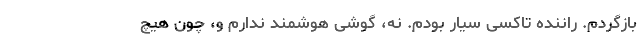
بازگردم. راننده تاکسی سیار بودم. نه، گوشی هوشمند ندارم و، چون هیچ